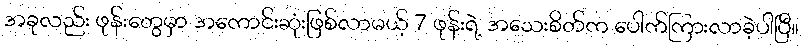
အခုလည်း ဖုန်းတွေမှာ အကောင်းဆုံးဖြစ်လာမယ့် 7 ဖုန်းရဲ့ အသေးစိတ်က ပေါက်ကြားလာခဲ့ပါပြီ။